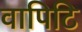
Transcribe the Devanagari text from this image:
वापिटि